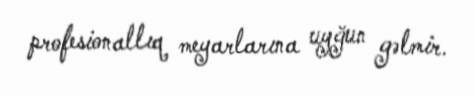
profesionallıq meyarlarına uyğun gəlmir.